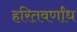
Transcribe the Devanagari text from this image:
हरितवर्णांध